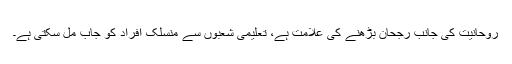
روحانیت کی جانب رجحان بڑھنے کی علامت ہے، تعلیمی شعبوں سے منسلک افراد کو جاب مل سکتی ہے۔